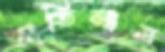
তাতিলাম